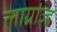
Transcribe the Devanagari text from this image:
लाग्रांज्ह